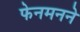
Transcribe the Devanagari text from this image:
फेनमनने